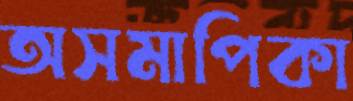
অসমাপিকা